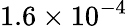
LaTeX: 1.6\times 10^{-4}